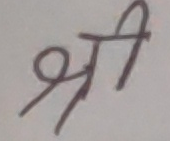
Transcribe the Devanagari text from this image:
श्री